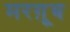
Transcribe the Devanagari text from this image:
मरग़ूूब